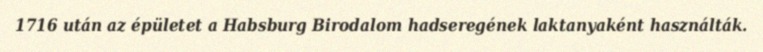
1716 után az épületet a Habsburg Birodalom hadseregének laktanyaként használták.